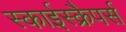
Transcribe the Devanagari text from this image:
स्काईस्क्रैपर्स